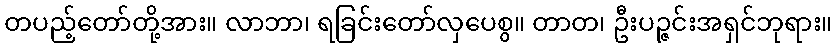
တပည့်တော်တို့အား။ လာဘာ၊ ရခြင်းတော်လှပေစွ။ တာတ၊ ဦးပဉ္ဇင်းအရှင်ဘုရား။